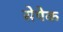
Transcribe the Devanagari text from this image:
सेपेक